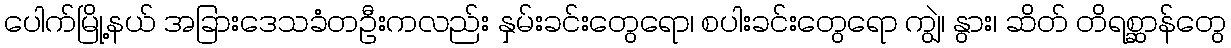
ပေါက်မြို့နယ် အခြားဒေသခံတဦးကလည်း နှမ်းခင်းတွေရော၊ စပါးခင်းတွေရော ကျွဲ၊ နွား၊ ဆိတ် တိရစ္ဆာန်တွေ